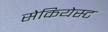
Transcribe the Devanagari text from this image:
सेकियेस्ट